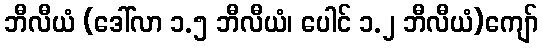
ဘီလီယံ (ဒေါ်လာ ၁.၅ ဘီလီယံ၊ ပေါင် ၁.၂ ဘီလီယံ)ကျော်